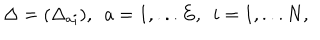
\Delta = ( \Delta _ { a i } ) , ~ ~ a = 1 , . . . E , ~ ~ i = 1 , . . . N ,